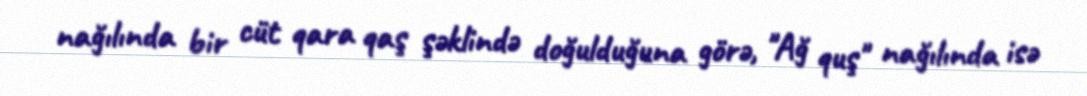
nağılında bir cüt qara qaş şəklində doğulduğuna görə, "Ağ quş" nağılında isə